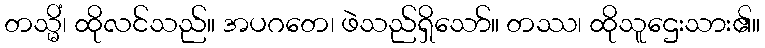
တသ္မိံ၊ ထိုလင်သည်။ အပဂတေ၊ ဖဲသည်ရှိသော်။ တဿ၊ ထိုသူဌေးသား၏။